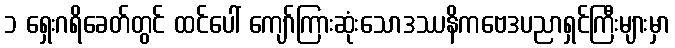
၁ ရှေးဂရိခေတ်တွင် ထင်ပေါ် ကျော်ကြားဆုံးသောဒဿနိကဗေဒပညာရှင်ကြီးများမှာ